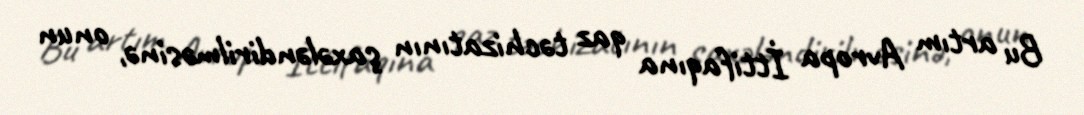
Bu artım Avropa İttifaqına qaz təchizatının şaxələndirilməsinə, onun